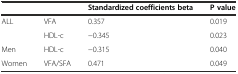
|  |  | Standardized coefficients beta | P value |
 | --- | --- | --- | --- |
 | ALL | VFA | 0.357 | 0.019 |
 |  | HDL-c | −0.345 | 0.023 |
 | Men | HDL-c | −0.315 | 0.040 |
 | Women | VFA/SFA | 0.471 | 0.049 |